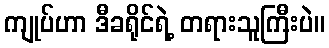
ကျုပ်ဟာ ဒီခရိုင်ရဲ့ တရားသူကြီးပဲ။